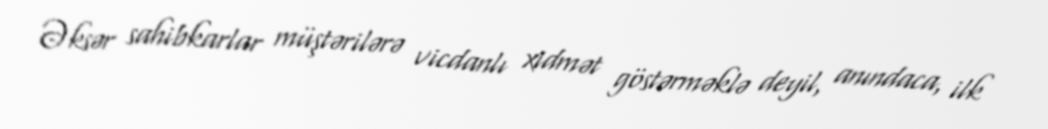
Əksər sahibkarlar müştərilərə vicdanlı xidmət göstərməklə deyil, anındaca, ilk